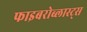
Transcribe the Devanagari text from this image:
फाइबरोब्लास्ट्स